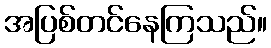
အပြစ်တင်နေကြသည်။